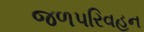
જળપરિવહન